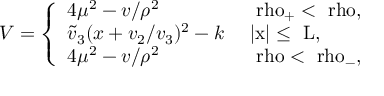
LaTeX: V = \left\{ \begin{array} { l l } { { 4 \mu ^ { 2 } - v / \rho ^ { 2 } } } & { { \mathrm { ~ \ r h o _ { + } < \ r h o , ~ } } } \\ { { \tilde { v } _ { 3 } ( x + v _ { 2 } / v _ { 3 } ) ^ { 2 } - k } } & { { \mathrm { ~ | x | \leq ~ L , ~ } } } \\ { { 4 \mu ^ { 2 } - v / \rho ^ { 2 } } } & { { \mathrm { ~ \ r h o < \ r h o _ { - } , ~ } } } \end{array} \right.